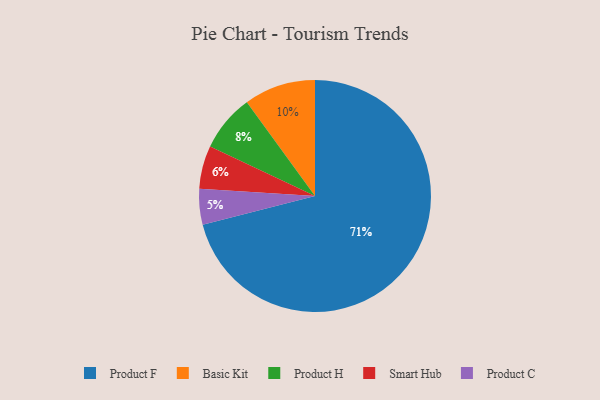
{"axis": {"x": "Category", "y": "Percentage"}, "legend": ["Basic Kit", "Product C", "Product F", "Product H", "Smart Hub"], "data": [{"x": "Product H", "y": 8, "type": "Product H"}, {"x": "Basic Kit", "y": 10, "type": "Basic Kit"}, {"x": "Product C", "y": 5, "type": "Product C"}, {"x": "Smart Hub", "y": 6, "type": "Smart Hub"}, {"x": "Product F", "y": 71, "type": "Product F"}]}